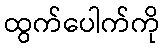
ထွက်ပေါက်ကို